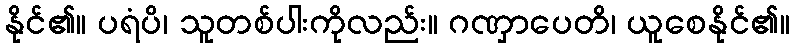
နိုင်၏။ ပရံပိ၊ သူတစ်ပါးကိုလည်း။ ဂဏှာပေတိ၊ ယူစေနိုင်၏။